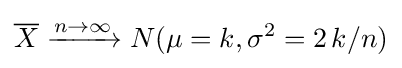
{\overline {X}}\xrightarrow {n\to \infty } N(\mu =k,\sigma ^{2}=2\,k/n)